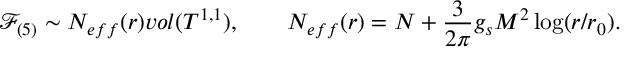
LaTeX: \mathcal { F } _ { ( 5 ) } \sim N _ { e f f } ( r ) v o l ( T ^ { 1 , 1 } ) , \qquad N _ { e f f } ( r ) = N + { \frac { 3 } { 2 \pi } } g _ { s } M ^ { 2 } \log ( r / r _ { 0 } ) .